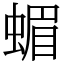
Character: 蝞